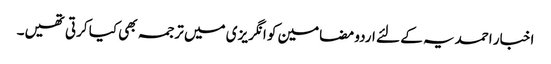
اخبار احمدیہ کے لئے اردو مضامین کو انگریزی میں ترجمہ بھی کیا کرتی تھیں۔